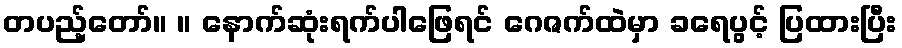
တပည့်တော်။ ။ နောက်ဆုံးရက်ပါဖြေရင် ဂေဇက်ထဲမှာ ခရေပွင့် ပြထားပြီး